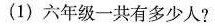
(1)六年级一共有多少人?